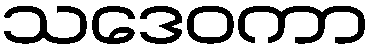
သဒေဝကာ